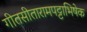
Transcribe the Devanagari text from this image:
गीतसीतारामपट्टाभिषेक